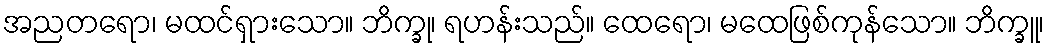
အညတရော၊ မထင်ရှားသော။ ဘိက္ခု၊ ရဟန်းသည်။ ထေရော၊ မထေဖြစ်ကုန်သော။ ဘိက္ခူ၊